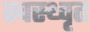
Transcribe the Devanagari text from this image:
स्वस्थ्वृत